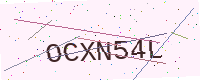
Text: OCXN54L